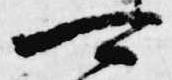
可